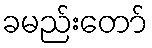
ခမည်းတော်